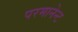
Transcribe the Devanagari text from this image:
परमानेन्ट